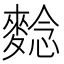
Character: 𪌿